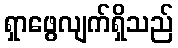
ရှာဖွေလျက်ရှိသည်